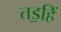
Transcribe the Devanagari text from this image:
तड॒हिं